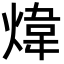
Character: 煒